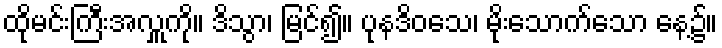
ထိုမင်းကြီးအလှူကို။ ဒိသွာ၊ မြင်၍။ ပုနဒိဝသေ၊ မိုးသောက်သော နေ့၌။